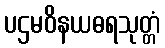
ပဌမဝိနယဓရသုတ္တံ